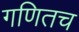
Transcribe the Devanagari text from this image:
गणितच